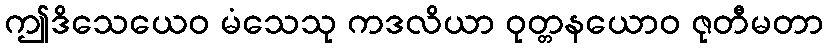
ဤဒိသေယေဝ မံသေသု ကဒလိယာ ဝုတ္တနယောဝ ဇုတီမတာ